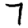
Digit: 7